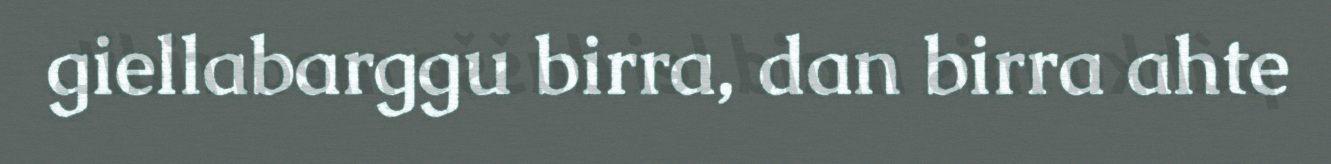
giellabarggu birra, dan birra ahte